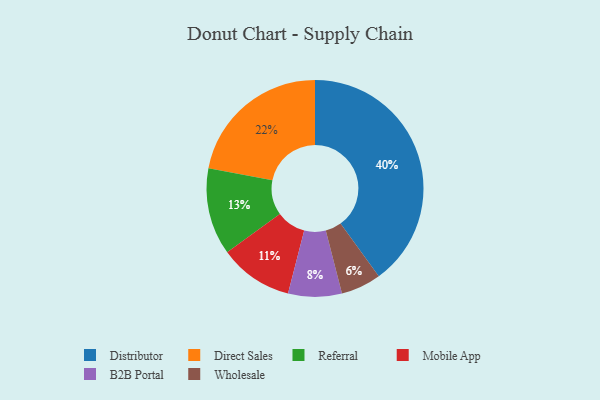
{"axis": {"x": "Category", "y": "Percentage"}, "legend": ["B2B Portal", "Direct Sales", "Distributor", "Mobile App", "Referral", "Wholesale"], "data": [{"x": "Wholesale", "y": 6, "type": "Wholesale"}, {"x": "Distributor", "y": 40, "type": "Distributor"}, {"x": "Referral", "y": 13, "type": "Referral"}, {"x": "Mobile App", "y": 11, "type": "Mobile App"}, {"x": "Direct Sales", "y": 22, "type": "Direct Sales"}, {"x": "B2B Portal", "y": 8, "type": "B2B Portal"}]}